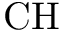
\mathrm { C H }